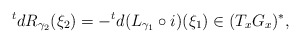
\begin{align*} {}^tdR_{\gamma_2}(\xi_2) = -{}^td(L_{\gamma_1}\circ i)(\xi_1) \in (T_xG_x)^*,\end{align*}